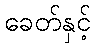
ခေတ်နှင့်